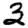
Digit: 3